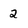
Character: 2